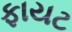
ફાયટ